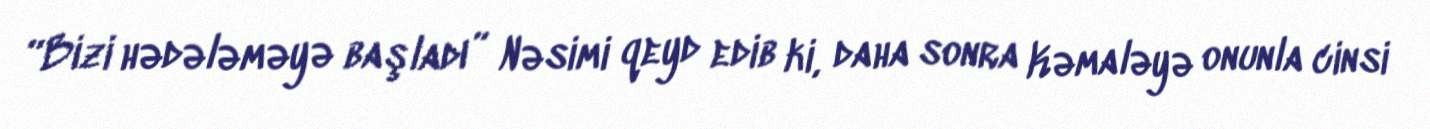
“Bizi hədələməyə başladı” Nəsimi qeyd edib ki, daha sonra Kəmaləyə onunla cinsi